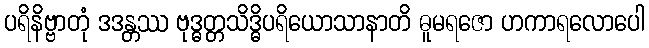
ပရိနိဗ္ဗာတုံ ဒဒန္တဿ ဗုဒ္ဓတ္တသိဒ္ဓိပရိယောသာနာတိ ဓူမရဇော ဟကာရလောပေါ